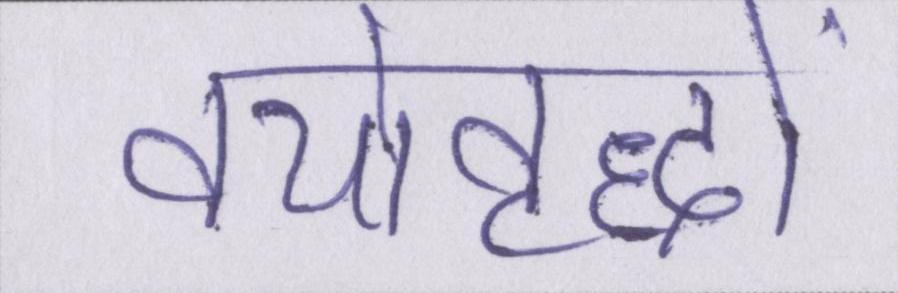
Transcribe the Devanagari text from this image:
वयोवृद्धों